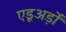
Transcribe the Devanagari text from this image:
एडूअर्ड़ो